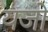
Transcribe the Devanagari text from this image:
यजो